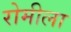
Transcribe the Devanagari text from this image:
रोमीला